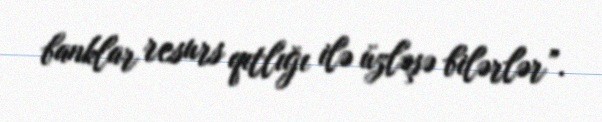
banklar resurs qıtlığı ilə üzləşə bilərlər”.